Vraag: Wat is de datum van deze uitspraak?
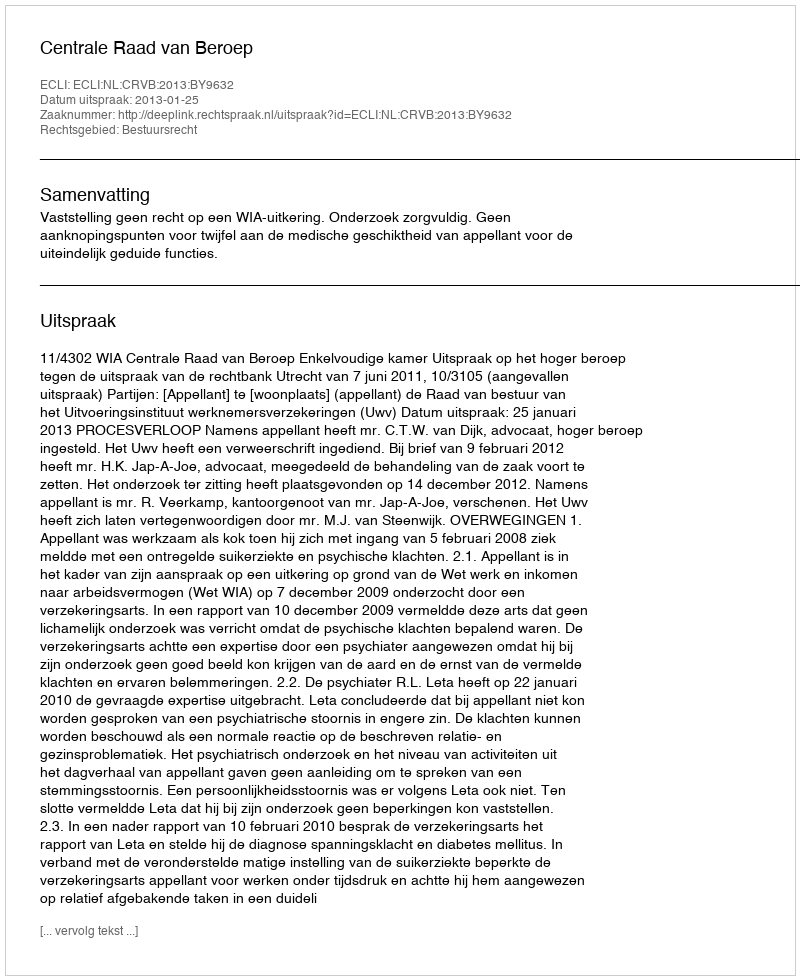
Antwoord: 2013-01-25